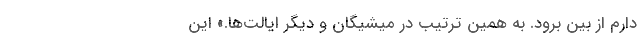
دارم از بین برود. به همین ترتیب در میشیگان و دیگر ایالت‌ها.» این